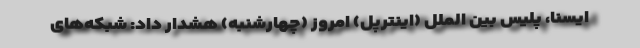
ایسنا، پلیس بین الملل (اینترپل) امروز (چهارشنبه) هشدار داد: شبکه‌های